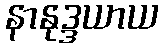
နာနုဒ္ဒယာယ